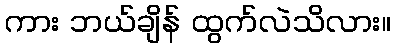
ကား ဘယ်ချိန် ထွက်လဲသိလား။